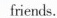
friends.